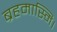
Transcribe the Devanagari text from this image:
ब्रहमास्मि।